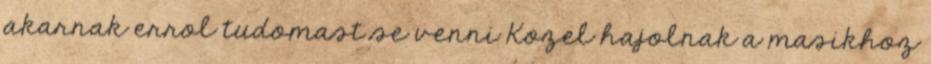
akarnak errol tudomast se venni Kozel hajolnak a masikhoz